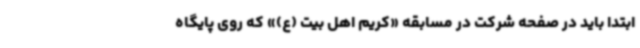
ابتدا باید در صفحه شرکت در مسابقه «کریم اهل بیت (ع)» که روی پایگاه